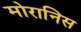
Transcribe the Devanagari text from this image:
मोरानिस